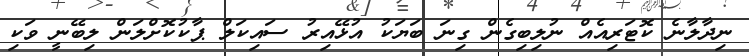
ނިދާލާނެ ކޮޓަރިއެއް ނުލިބިގެން ގިނަ ބަޔަކު އުޅޭއިރު ސައިކަލް ޕާކުކޮށްލަން ލިބޭނީ ވަކި